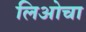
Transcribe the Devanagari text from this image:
लिओचा